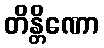
တိန္တိဏော